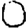
Digit: 0